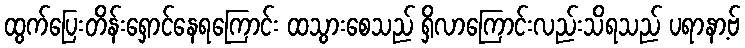
ထွက်ပြေးတိန်းရှောင်နေရကြောင်း ထသွားစေသည် ရှိလာကြောင်းလည်းသိရသည် ပရာနာ့ဗ်